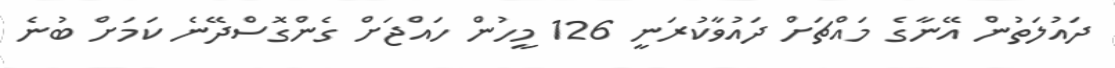
ދައުލަތުން އޭނާގެ މައްޗަށް ދައުވާކުރަނީ 126 މީހުން ހައްޖަށް ގެންގޮސްދޭނެ ކަމަށް ބުނެ